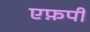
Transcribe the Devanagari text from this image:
एफ़पी